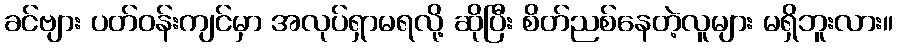
ခင်ဗျား ပတ်ဝန်းကျင်မှာ အလုပ်ရှာမရလို့ ဆိုပြီး စိတ်ညစ်နေတဲ့လူများ မရှိဘူးလား။